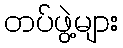
တပ်ဖွဲ့များ